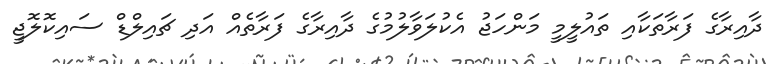
ދާއިރާގެ ފަރާތަކާއި ތައުލީމީ މަންހަޖު އެކުލަވާލުމުގެ ދާއިރާގެ ފަރާތެއް އަދި ޗައިލްޑް ސައިކޮލޮޖީ